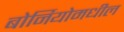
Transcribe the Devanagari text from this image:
बोर्नियोमधील